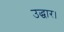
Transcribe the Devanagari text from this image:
उद्धार।